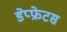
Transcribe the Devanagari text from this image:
डेप्फ्रेटस